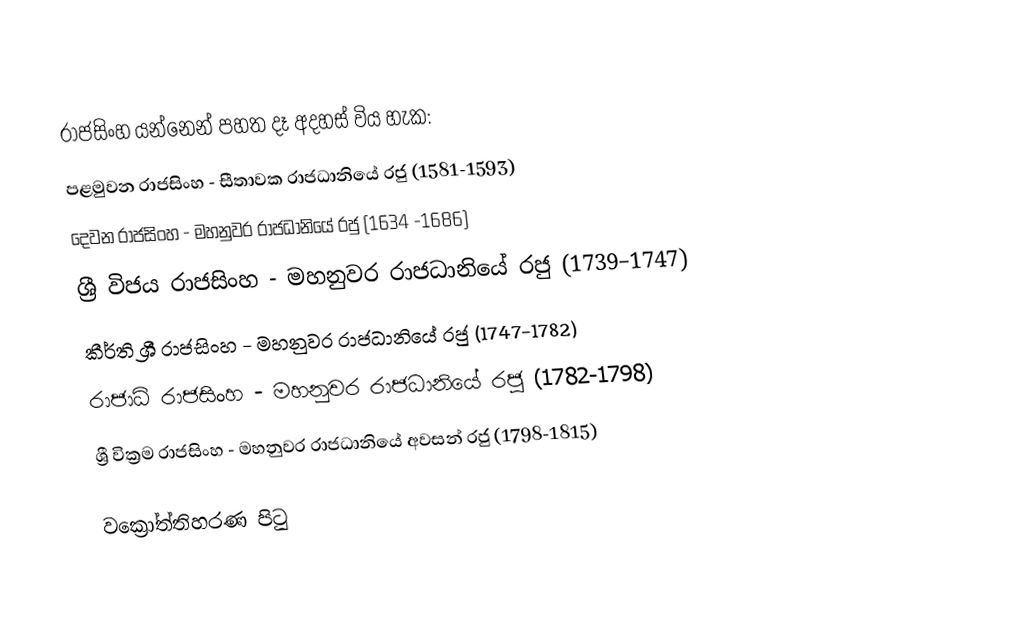
රාජසිංහ යන්නෙන් පහත දෑ අදහස් විය හැක:
 පළමුවන රාජසිංහ - සීතාවක රාජධානියේ රජු (1581-1593)
 දෙවන රාජසිංහ - මහනුවර රාජධානියේ රජු (1634 -1686)
 ශ්‍රී විජය රාජසිංහ - මහනුවර රාජධානියේ රජු (1739–1747)
 කීර්ති ශ්‍රී රාජසිංහ - මහනුවර රාජධානියේ රජු (1747-1782)
 රාජාධි රාජසිංහ - මහනුවර රාජධානියේ රජු (1782-1798)
 ශ්‍රී වික්‍රම රාජසිංහ - මහනුවර රාජධානියේ අවසන් රජු (1798-1815)

වක්‍රෝත්තිහරණ පිටු